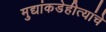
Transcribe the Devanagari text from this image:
मुद्यांकडेहीत्यांचे